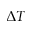
\Delta T